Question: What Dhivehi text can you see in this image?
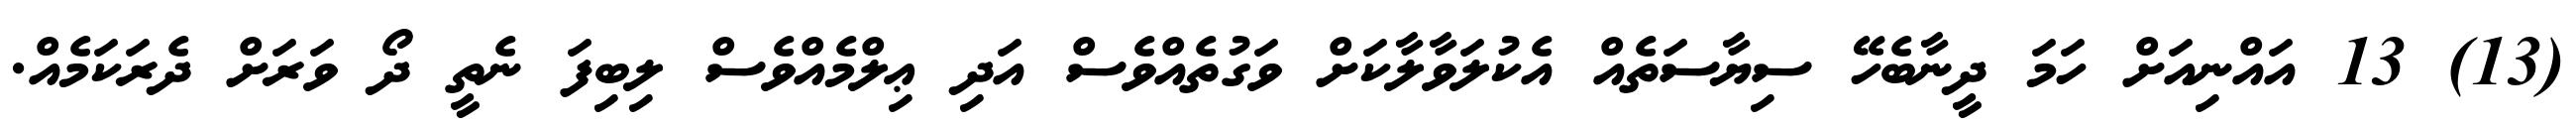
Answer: (13) 13 އައްނިއަށް ހަމަ ދީނާބެހޭ ސިޔާސަތެއް އެކުލަވާލާކަށް ވަގުތެއްވެސް އަދި ޢިލްމެއްވެސް ލިބިފަ ނެތީ ދޯ ވަރަށް ދެރަކަމެއް.